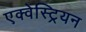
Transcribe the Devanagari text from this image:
एक्वेस्ट्रियन